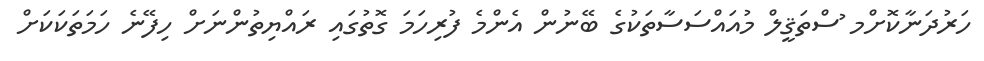
ހަރުދަނާކޮށްމ ުސްތަޤީލް މުއައްސަސާތަކުގެ ބޭނުން އެންމެ ފުރިހަމަ ގޮތުގައި ރައްޔިތުންނަށް ހިފޭނެ ހަމަތަކަކަށް